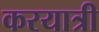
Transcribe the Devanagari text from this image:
करयात्री